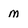
Character: m